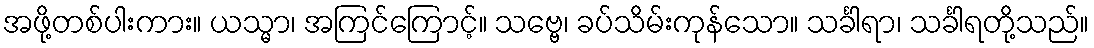
အဖို့တစ်ပါးကား။ ယသ္မာ၊ အကြင်ကြောင့်။ သဗ္ဗေ၊ ခပ်သိမ်းကုန်သော။ သင်္ခါရာ၊ သင်္ခါရတို့သည်။